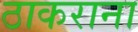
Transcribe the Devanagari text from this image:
ठाकराना